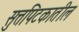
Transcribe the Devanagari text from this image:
सुत्तपिटकातील